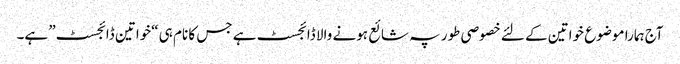
آج ہمارا موضوع خواتین کے لئے خصوصی طور پہ شائع ہونے والا ڈائجسٹ ہے جس کا نام ہی “خواتین ڈائجسٹ” ہے۔